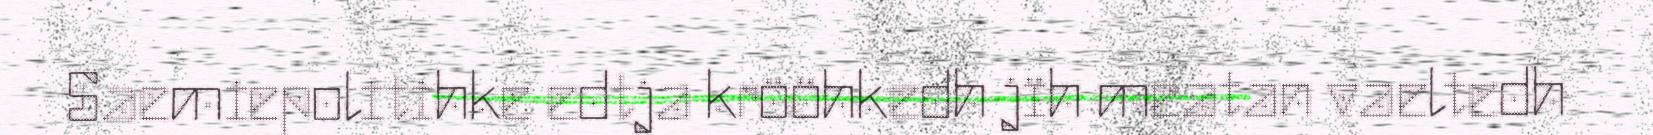
Saemiepolitihke edtja krööhkedh jïh meatan vaeltedh